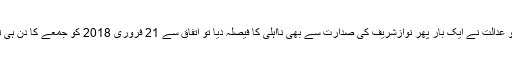
، تو عدالت نے ایک بار پھر نوازشریف کی صدارت سے بھی نااہلی کا فیصلہ دیا تو اتفاق سے 21 فروری 2018 کو جمعے کا دن ہی تھا۔